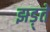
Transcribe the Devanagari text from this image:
झड़्ते